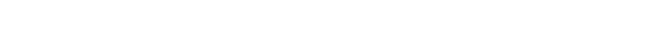
ဘုရားအစရှိသောသူတော်ကောင်းတို့သည်။ ဥပေက္ခကော၊ လျစ်လျူရှုသည်ဖြစ်၍။ သတိမာ၊